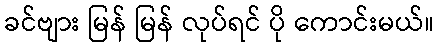
ခင်ဗျား မြန် မြန် လုပ်ရင် ပို ကောင်းမယ်။